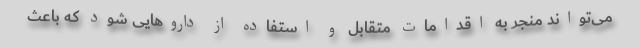
می‌تواند منجر به اقدامات متقابل و استفاده از داروهایی شود که باعث